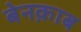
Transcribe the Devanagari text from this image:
बेनक़ाब